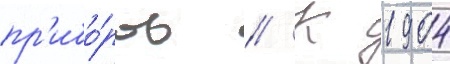
пр'ибо́ров // К 1904